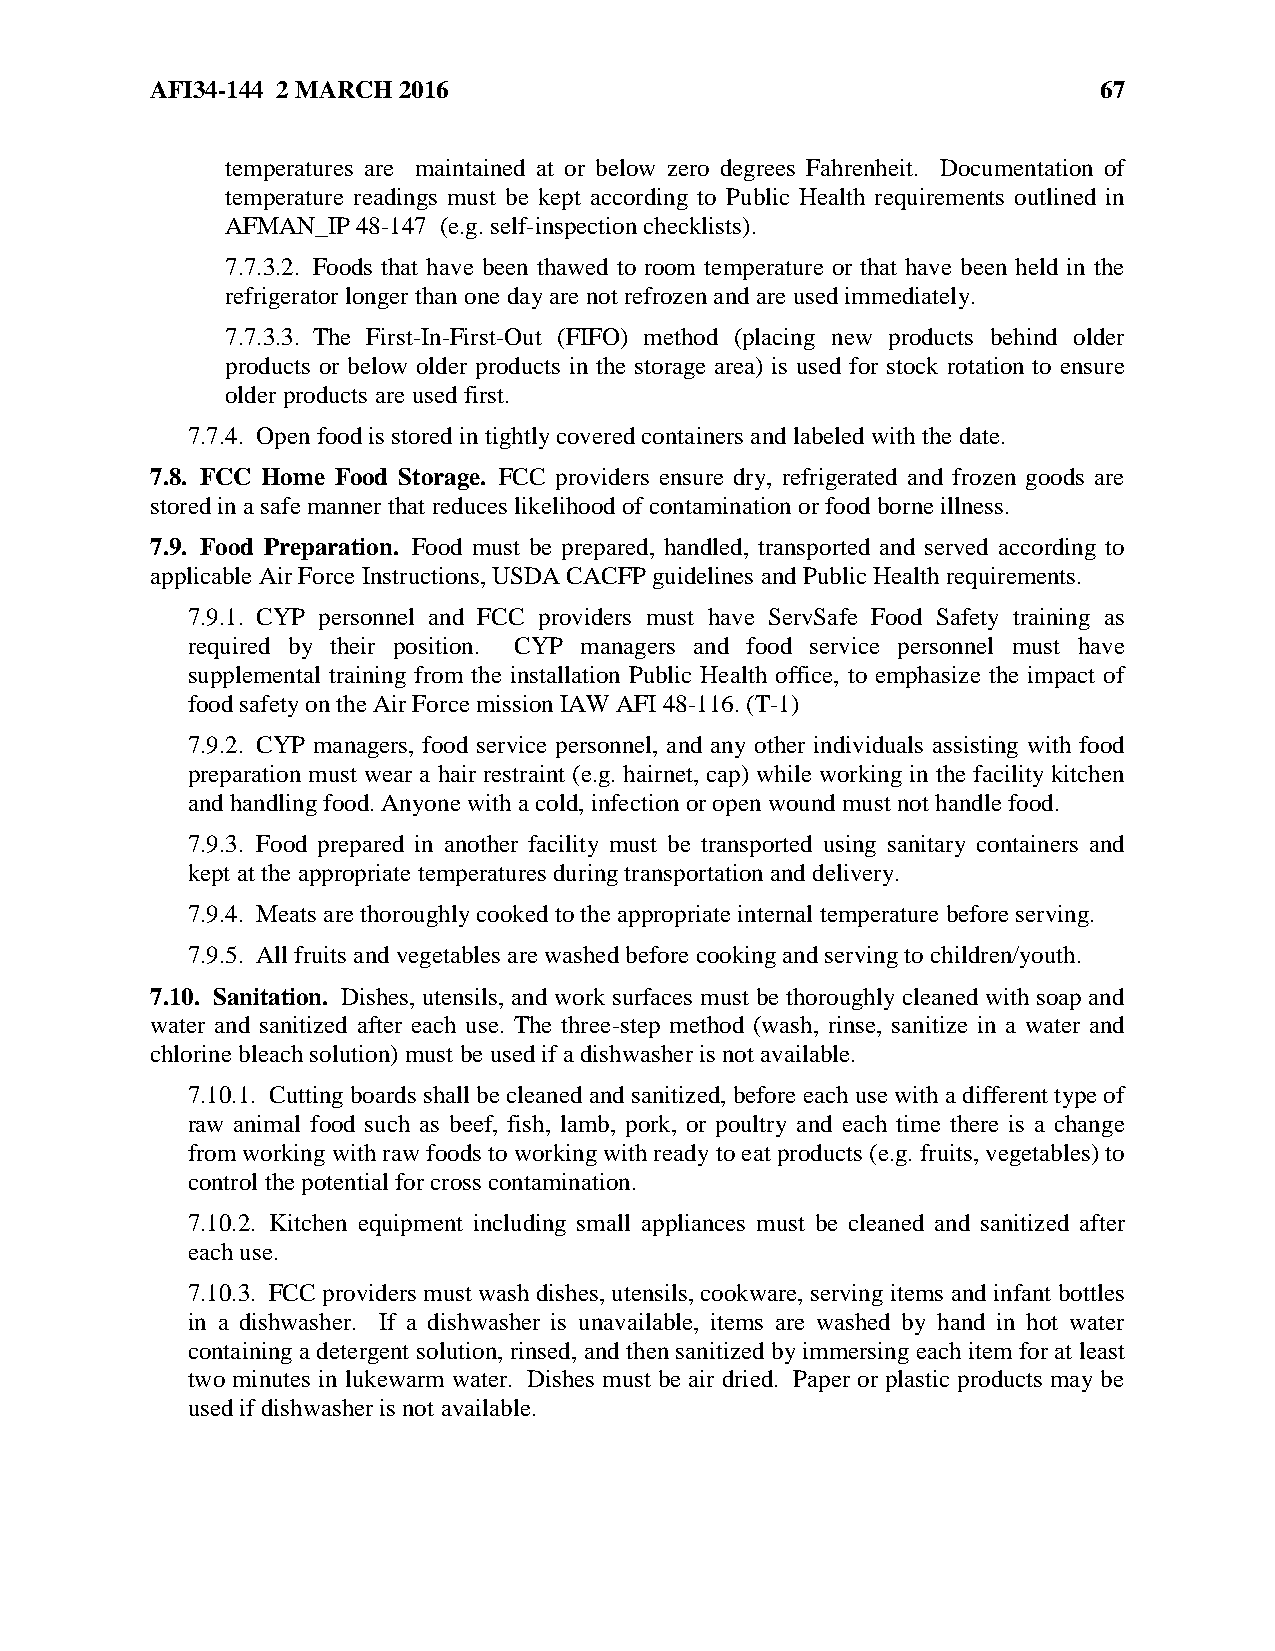
AFI34-144 2 MARCH 2016                                         67
 temperatures are maintained at or below zero degrees Fahrenheit. Documentation of
 temperature readings must be kept according to Public Health requirements outlined in
 AFMAN_IP 48-147 (e.g. self-inspection checklists).
 7.7.3.2. Foods that have been thawed to room temperature or that have been held in the
 refrigerator longer than one day are not refrozen and are used immediately.
 7.7.3.3. The First-In-First-Out (FIFO) method (placing new products behind older
 products or below older products in the storage area) is used for stock rotation to ensure
 older products are used first.
 7.7.4. Open food is stored in tightly covered containers and labeled with the date.
 7.8. FCC Home Food Storage. FCC providers ensure dry, refrigerated and frozen goods are
 stored in a safe manner that reduces likelihood of contamination or food borne illness.
 7.9. Food Preparation. Food must be prepared, handled, transported and served according to
 applicable Air Force Instructions, USDA CACFP guidelines and Public Health requirements.
 7.9.1. CYP personnel and FCC providers must have ServSafe Food Safety training as
 required by their position. CYP managers and food service personnel must have
 supplemental training from the installation Public Health office, to emphasize the impact of
 food safety on the Air Force mission IAW AFI 48-116. (T-1)
 7.9.2. CYP managers, food service personnel, and any other individuals assisting with food
 preparation must wear a hair restraint (e.g. hairnet, cap) while working in the facility kitchen
 and handling food. Anyone with a cold, infection or open wound must not handle food.
 7.9.3. Food prepared in another facility must be transported using sanitary containers and
 kept at the appropriate temperatures during transportation and delivery.
 7.9.4. Meats are thoroughly cooked to the appropriate internal temperature before serving.
 7.9.5. All fruits and vegetables are washed before cooking and serving to children/youth.
 7.10. Sanitation. Dishes, utensils, and work surfaces must be thoroughly cleaned with soap and
 water and sanitized after each use. The three-step method (wash, rinse, sanitize in a water and
 chlorine bleach solution) must be used if a dishwasher is not available.
 7.10.1. Cutting boards shall be cleaned and sanitized, before each use with a different type of
 raw animal food such as beef, fish, lamb, pork, or poultry and each time there is a change
 from working with raw foods to working with ready to eat products (e.g. fruits, vegetables) to
 control the potential for cross contamination.
 7.10.2. Kitchen equipment including small appliances must be cleaned and sanitized after
 each use.
 7.10.3. FCC providers must wash dishes, utensils, cookware, serving items and infant bottles
 in a dishwasher. If a dishwasher is unavailable, items are washed by hand in hot water
 containing a detergent solution, rinsed, and then sanitized by immersing each item for at least
 two minutes in lukewarm water. Dishes must be air dried. Paper or plastic products may be
 used if dishwasher is not available.